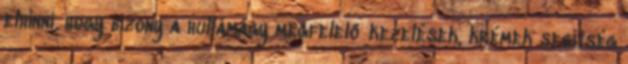
elhinni, hogy bizony a hullámágy megfelelő kezelések, krémek segítség